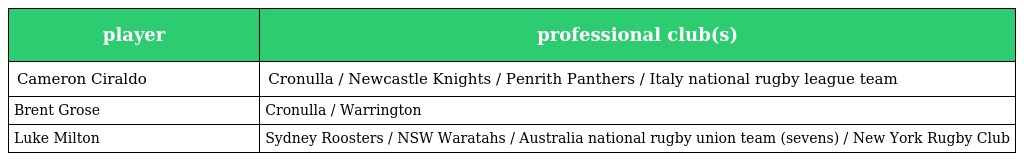
| player | professional club(s) |
 | --- | --- |
 | Cameron Ciraldo | Cronulla / Newcastle Knights / Penrith Panthers / Italy national rugby league team |
 | Brent Grose | Cronulla / Warrington |
 | Luke Milton | Sydney Roosters / NSW Waratahs / Australia national rugby union team (sevens) / New York Rugby Club |